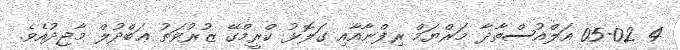
4 05-02 އަލްއުސްތާޛާ މަރްޔަމް ރިފްނާއާއި ގަލޮޅު ކްރީމްގޭ ޒުރުވަތު ޢަބްދުލް މާޖިދުއެވެ.